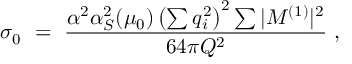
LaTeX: \sigma _ { 0 } \, \, = \, \, \frac { \alpha ^ { 2 } \alpha _ { S } ^ { 2 } ( \mu _ { 0 } ) \left( \sum q _ { i } ^ { 2 } \right) ^ { 2 } \sum | M ^ { ( 1 ) } | ^ { 2 } } { 6 4 \pi Q ^ { 2 } } \, \, ,